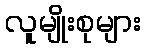
လူမျိုးစုများ